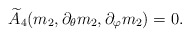
\begin{align*}\widetilde A_4(m_2,\partial_\theta m_2,\partial_\varphi m_2) = 0.\end{align*}